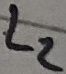
Text: L2